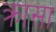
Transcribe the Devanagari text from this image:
क्रासा